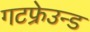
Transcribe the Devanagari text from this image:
गटफ्रेउन्ड